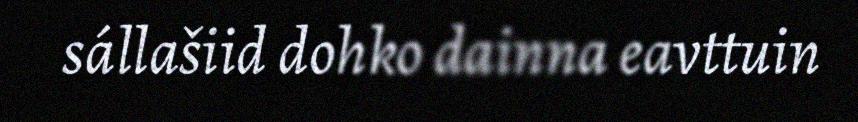
sállašiid dohko dainna eavttuin